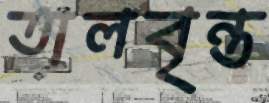
তালবৃন্ত